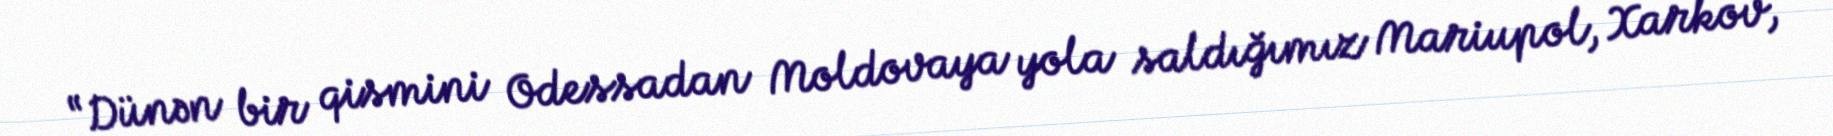
“Dünən bir qismini Odessadan Moldovaya yola saldığımız Mariupol, Xarkov,